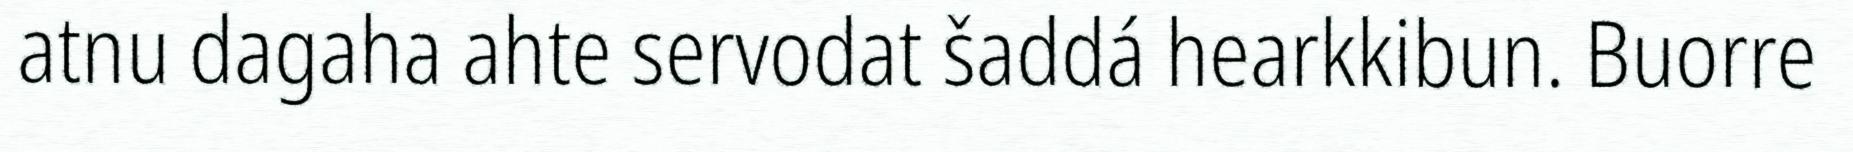
atnu dagaha ahte servodat šaddá hearkkibun. Buorre